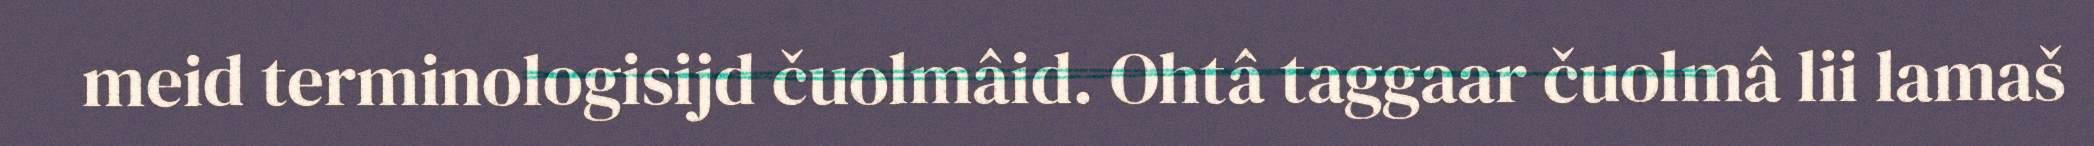
meid terminologisijd čuolmâid. Ohtâ taggaar čuolmâ lii lamaš